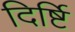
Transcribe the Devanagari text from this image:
दिर्ष्टि